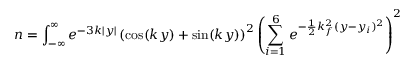
n = \int _ { - \infty } ^ { \infty } e ^ { - 3 k | y | } \left( \cos ( k y ) + \sin ( k y ) \right) ^ { 2 } \left( \sum _ { i = 1 } ^ { 6 } e ^ { - \frac { 1 } { 2 } k _ { f } ^ { 2 } ( y - y _ { i } ) ^ { 2 } } \right) ^ { 2 }